system: You are a helpful assistant.
user:
Analyze the provided spectrum to determine if it is a **White Dwarf (WD)**.

A White Dwarf spectrum is defined by its **extreme purity** (due to gravitational settling) and/or **extreme pressure broadening** (due to high surface gravity). You must check for one of the following mutually exclusive signatures:

- **Key Visual Indicators (Check for ONE of these types):**

    - **1. DA-Type Signature (Most Common):**
        - **(Primary Feature):** Extreme pressure broadening (Stark broadening) of the **Hydrogen (H) Balmer lines**.
        - **(Key Lines):** $H\beta$ (approx. $4861$ Å) and $H\gamma$ (approx. $4340$ Å). $H\alpha$ (approx. $6563$ Å) will also be present if the wavelength range covers it.
        - **(Line Profile):** This is the **defining feature**. The lines are **NOT** sharp. They appear as massive, **extremely broad and deep "troughs" or "dips"** in the spectrum, often hundreds of Ångströms wide. The continuum will appear to "scoop" down at these wavelengths.
        - **(Distinction):** Normal A-type or B-type stars have *narrow* and *sharp* Hydrogen lines. A DA White Dwarf's lines are unmistakably "smeared" or "blurry" from pressure.

    - **2. DB-Type Signature:**
        - **(Primary Feature):** Broad absorption lines from **Neutral Helium (He I)**. The spectrum must lack any visible Hydrogen lines.
        - **(Key Lines):** Look for broad absorption near $4471$ Å, $4921$ Å, and $5876$ Å.
        - **(Line Profile):** These lines are also significantly pressure-broadened, appearing much wider than they would in a normal B-type main-sequence star.

    - **3. DC-Type Signature:**
        - **(Primary Feature):** A **featureless continuous spectrum**.
        - **(Line Profile):** The spectrum is a smooth curve with **no significant absorption or emission lines**.
        - **(Key Confirmation):** The continuum is almost always **blue or white**, indicating a hot object. This signature implies the atmosphere is so pure (or so cool) that no spectral lines are visible in the optical range. Its WD identity is confirmed by its extremely low intrinsic brightness (high absolute magnitude).

    - **4. DZ-Type Signature (Metal-Polluted):**
        - **(Primary Feature):** **Isolated, narrow metal absorption lines** on an otherwise featureless (DC-like) continuum.
        - **(Key Lines):** The **Calcium (Ca II) H & K doublet** (approx. **$3934$ Å** and **$3968$ Å**) is the most common and defining feature.
        - **(Line Profile):** These lines are "out of place." They are *not* part of a "forest" of thousands of lines. This signature is evidence of recent *accretion* (pollution) from rocky debris.
        - **(Distinction):** Normal G/K/M stars have a *dense forest* of thousands of metal lines. A DZ has a *clean* continuum with *only a few* strong metal lines.

    - **5. DQ-Type Signature (Carbon-Polluted):**
        - **(Primary Feature):** Absorption bands from **Carbon (C₂ "Swan Bands" or atomic C I)**.
        - **(Key Lines - C₂):** Look for bandheads with a "saw-tooth" shape near $5635$ Å, **$5165$ Å** (strongest), and $4737$ Å.
        - **(Key Confirmation):** The underlying **continuum must be blue or white** (hot).
        - **(Distinction):** This is the critical difference from a **Carbon Star**, which has the *exact same* C₂ bands but on an extremely **red, cool** continuum.

- **(Overall Spectrum):**
    - The continuum (overall shape) is typically **blue-sloping** (brighter in the blue than the red), as most white dwarfs are very hot.
    - The spectrum will look "pure" or "simple," dominated by only *one* of the five signatures listed above.

Think first, call **spectral_visualization_tool** if needed to examine features in detail, then provide your final answer. Your response must adhere to the following strict rules:
1.  **Overall Structure:** Your response must follow the format `<think>...</think> <tool_call>...</tool_call> (if a tool is used) <answer>...</answer>`.
2.  **Tool Usage Constraint:** You may only make **one** tool call per turn.
3.  **Final Answer Format:** In the `<answer>` tag, your conclusion must be inside a `\boxed{}` command (e.g., `\boxed{YES}` or `\boxed{NO}`), followed by your justification.

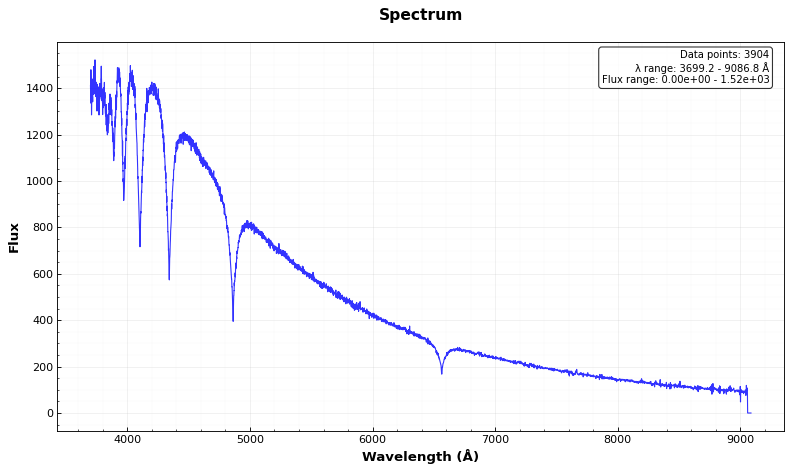
Answer: YES